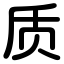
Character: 质